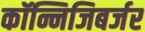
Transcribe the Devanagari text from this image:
कॉन्निजिबर्जर